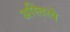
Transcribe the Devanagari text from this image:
अस्तित्वे